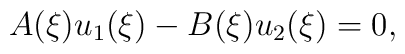
A(\xi)u_{1}(\xi)-B(\xi)u_{2}(\xi)=0,